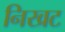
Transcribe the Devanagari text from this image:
निखट